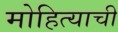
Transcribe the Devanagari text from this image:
मोहित्याची